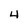
Character: 4